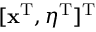
[ \mathbf { x } ^ { \mathrm { T } } , \boldsymbol { \eta } ^ { \mathrm { T } } ] ^ { \mathrm { T } }